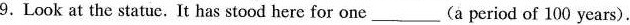
9.Look at the statue.It has stood here for one___(a period of 100 years).